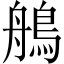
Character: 鵃